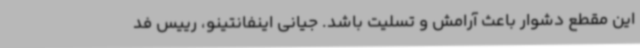
این مقطع دشوار باعث آرامش و تسلیت باشد. جیانی اینفانتینو، رییس فد